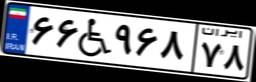
۶۶W۹۶۸۷۸